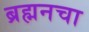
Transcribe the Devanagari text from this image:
ब्रह्मनचा